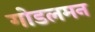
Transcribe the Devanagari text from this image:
गोडलमन